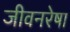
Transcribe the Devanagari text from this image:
जीवनरेषा